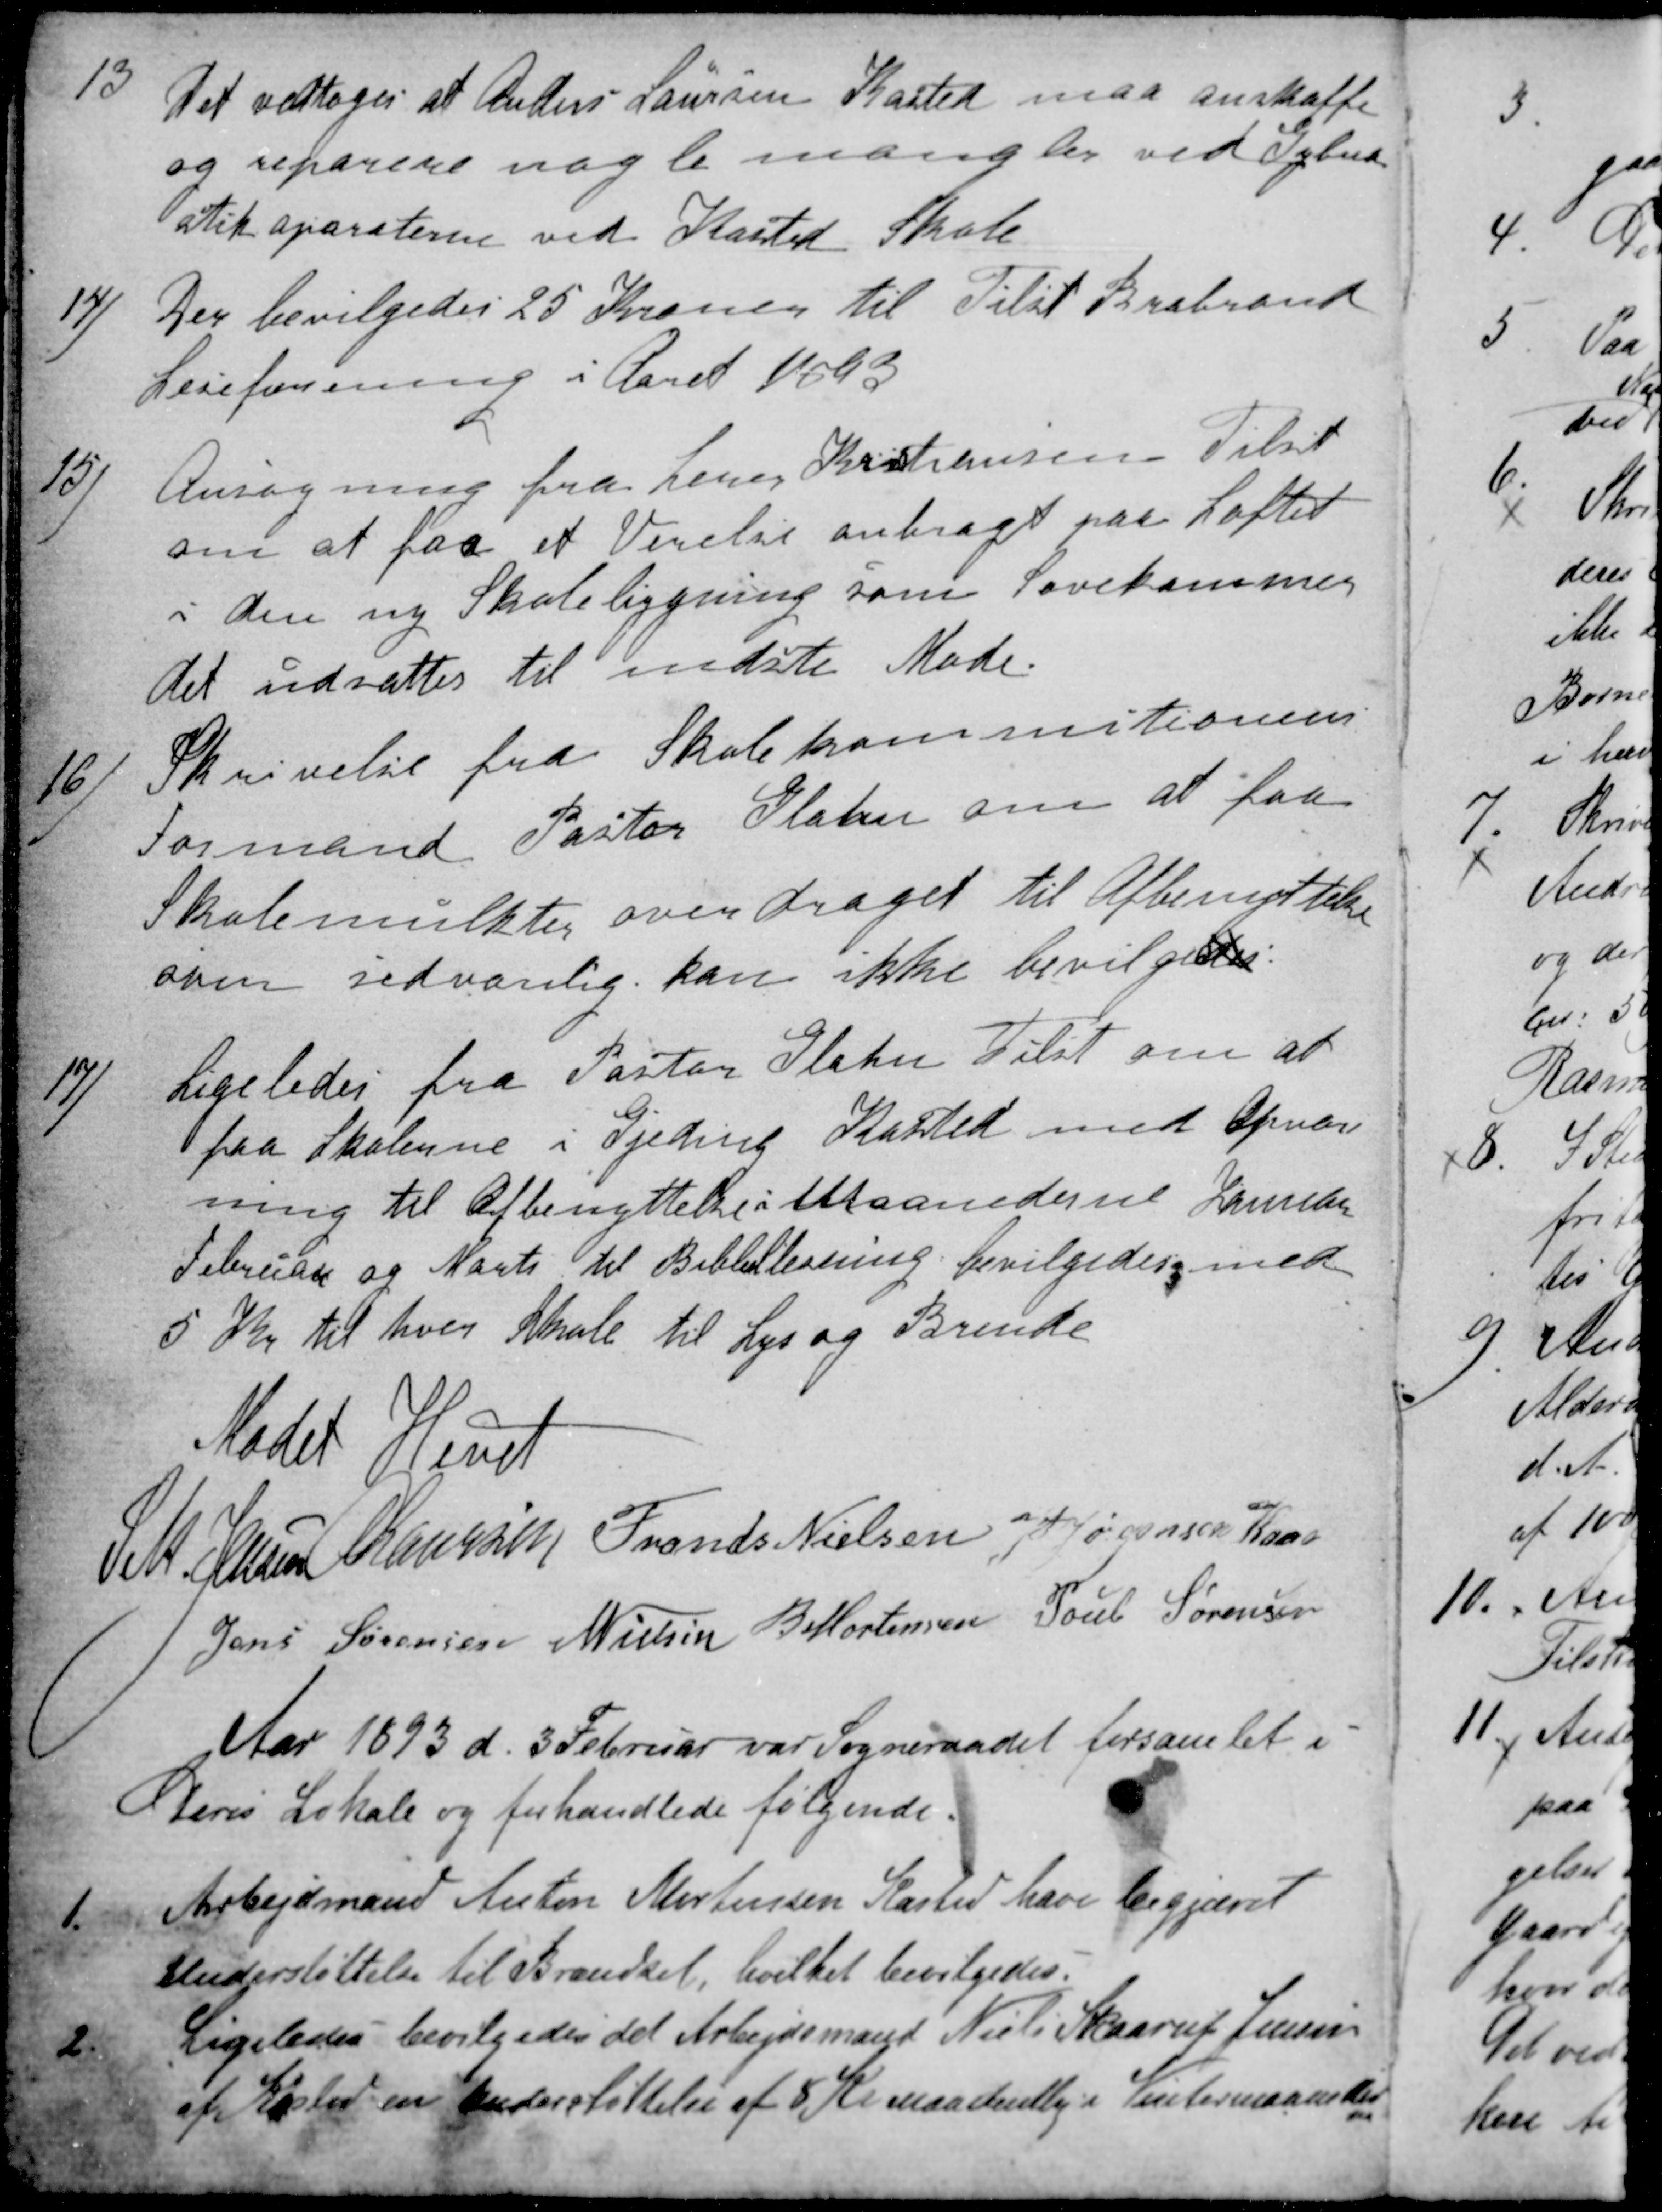
Transskription:
13
Det vedtoges at Anders Laursen Kasted maa anskaffe
og reparere nogle mangler ved Gylna-
 stik aparaterne ved Kasted Skole
14)
Der bevilgedes 25 Kroner til Tilst Brabrand
Leseforening i Aaret 1893
15)
Ansøgning fra Lærer Kristiansen Tilst
om at faa et Verelse anbragt paa Loftet
i den ny Skolebygning som Sovekammer
det udsattes til nedste Møde.
16)
Skrivelse fra Skolekommitionens
Formand Pastor Glahn om at faa
Skolemulkter overdraget til Afbenyttelse
som sedvanlig kan ikke bevilgesdes.
17)
Ligeledes fra Pastor Glahn Tilst om at
faa Skolerne i Gjeding Kasted med Opvarm-
ning til Afbenyttelse i Maanederne Januar
Februar og Marts til Bibbellesning bevilgedes med
5 Kr til hver Skole til Lys og Brende
Mødet Hevet
S.M.Jensen
A Laursen
Frands Nielsen
J P Jørgensen Kaae
Jens Sørensen
N Nielsen
B Mortensen
Poul Sørensen
Aar 1893 d. 3 Februar var Sogneraadet forsamlet i
Deres Lokale og forhandlede følgende.
1.
Arbejdsmand Anton Mortensen Kasted have begjæret
Understøttelse til Brændsel, hvilket bevilgedes.
2
Ligeledes bevilgedes det Arbejdsmand Niels Skaarup Jensen
af Kasted en Understøttelse af 8 Kr maadentlig i Vintermaaneder